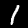
Label: 1